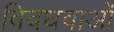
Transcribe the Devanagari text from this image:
विदधवाओं